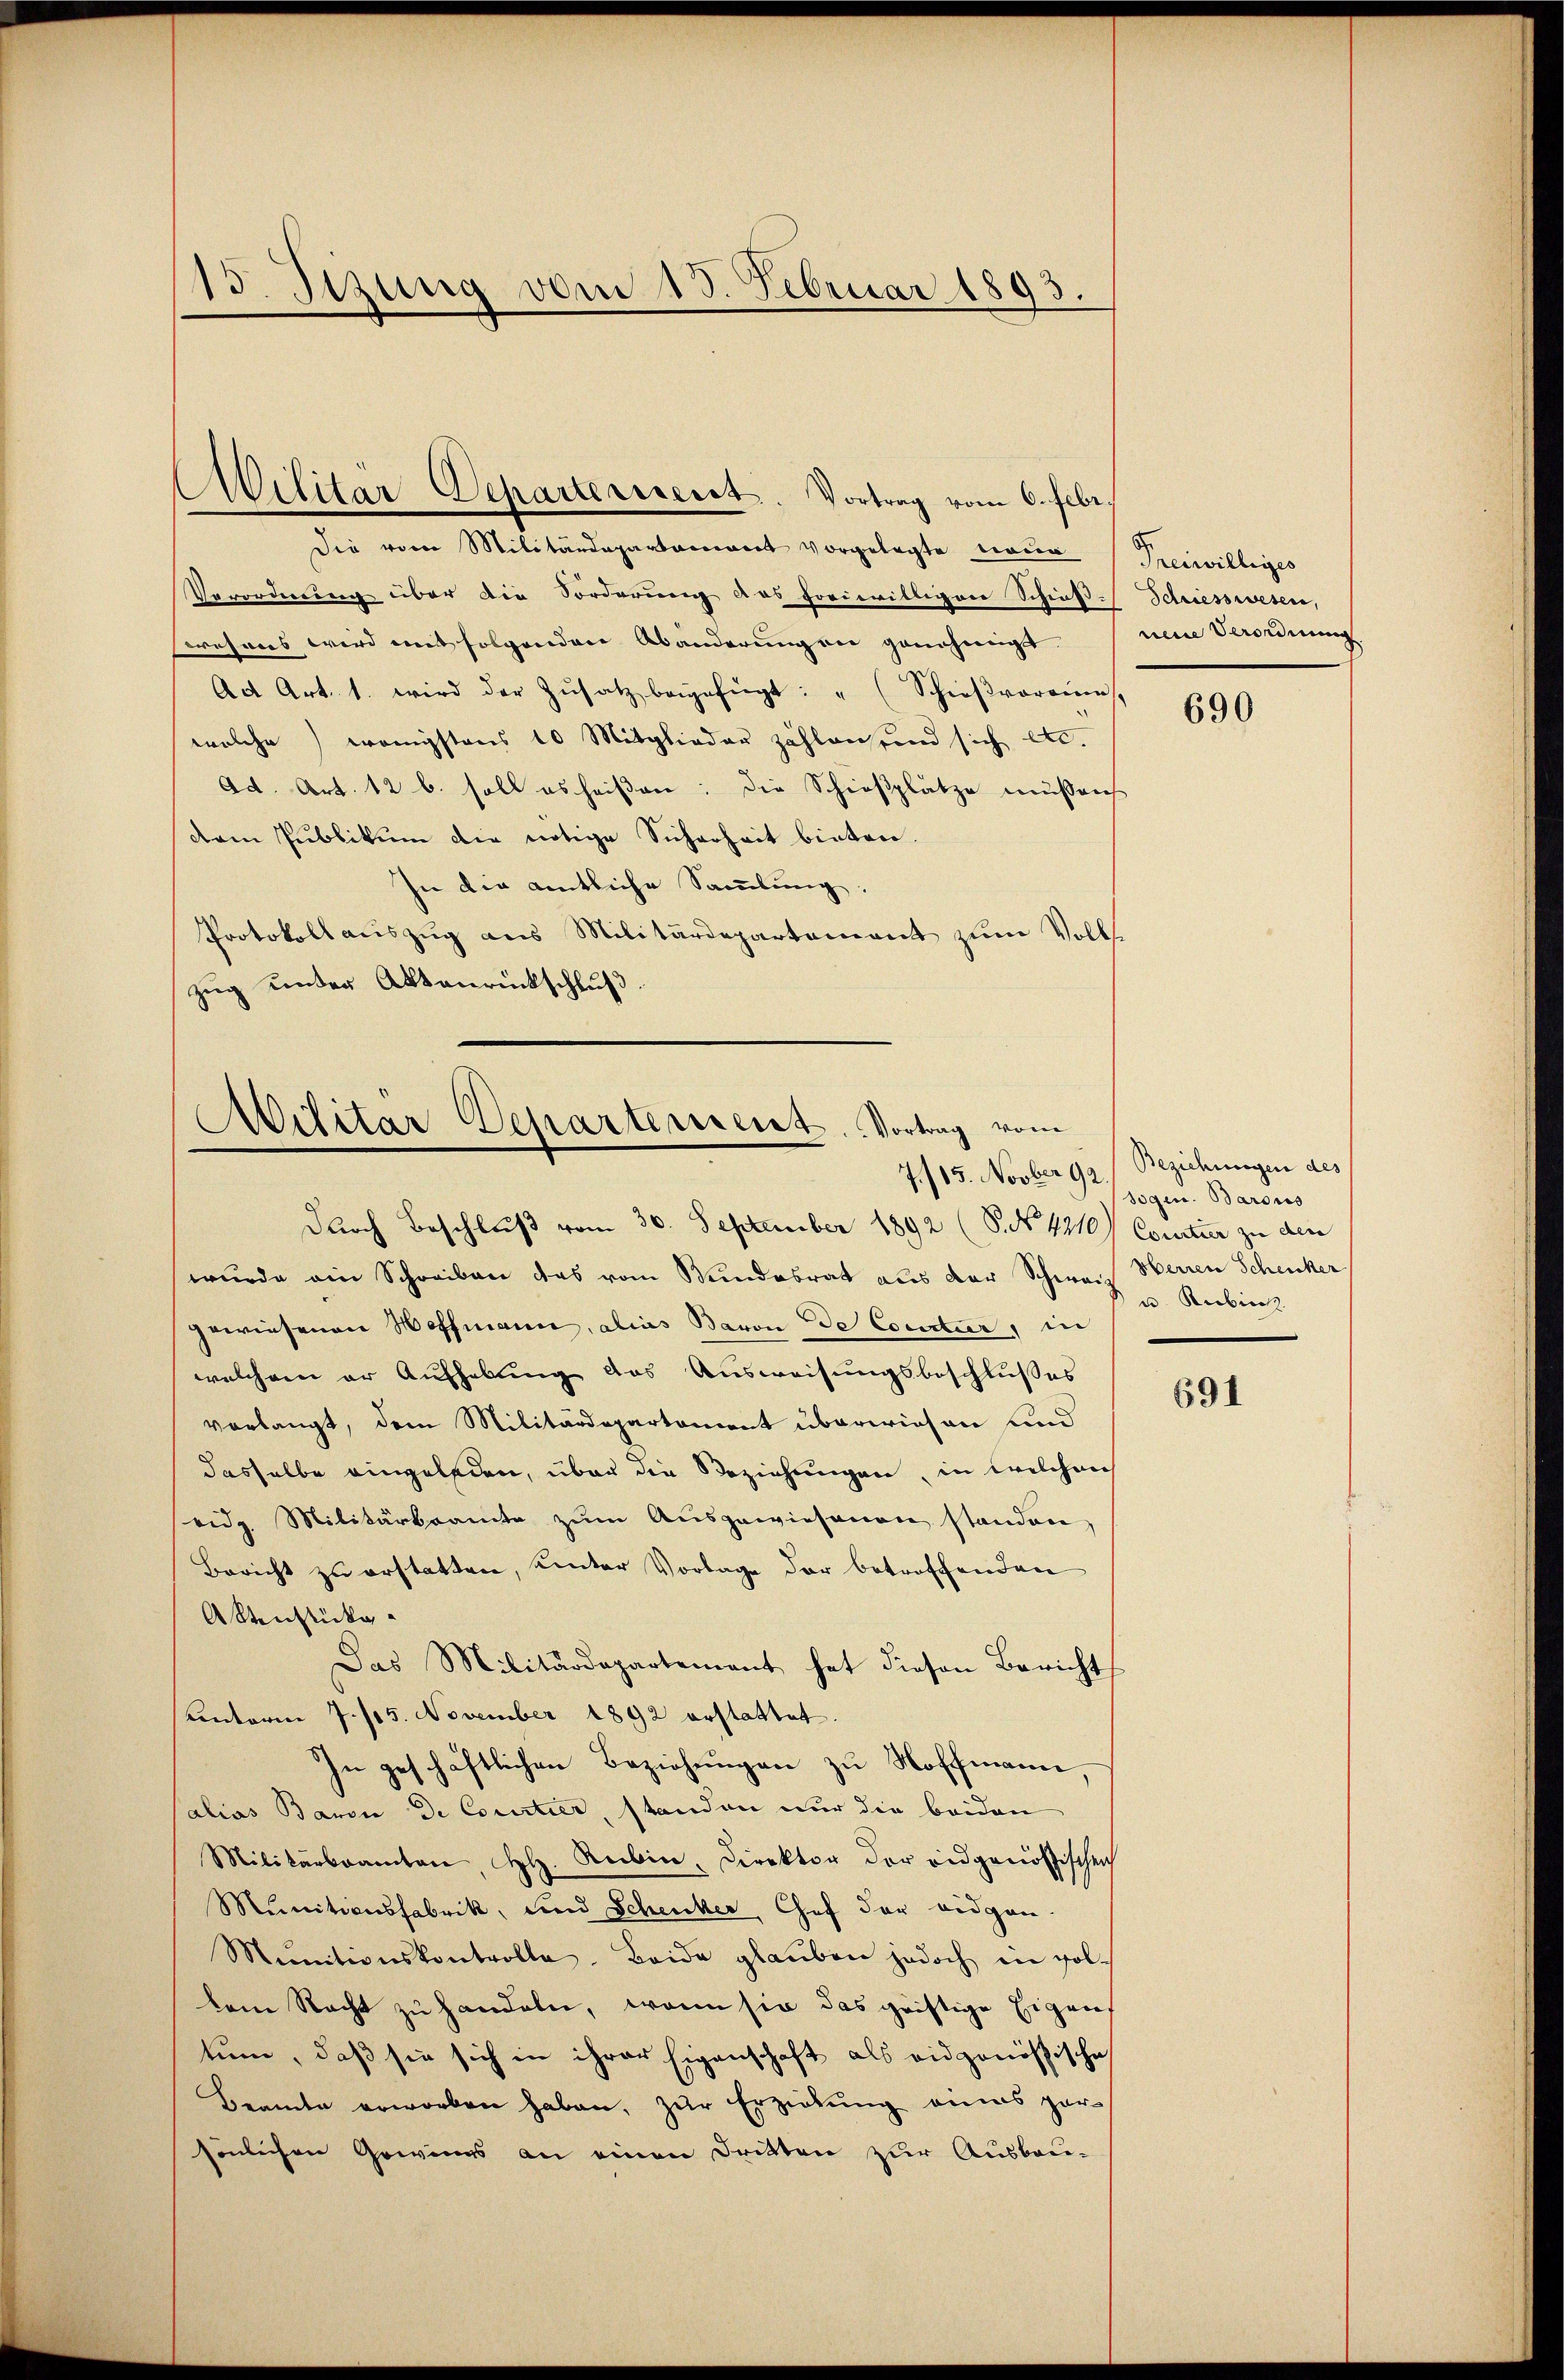
15. Sizung vom 15. Februar 1893.

Militar Departerient. Vortrag vom 6. Febr.
Die vom Militärdepartement vorgelegte neue Freiwilliges
Verordnung über die Forderung das freiwilliger Schieß-Schiesswesen,
wesens wird mit folgenden Abänderungen genehmigt. eine Verordnung
Adt Art. 1. wird der Zŭsatz beigefügt: " (Schieβvoreine
welche) wenigstens 10 Mitglieder zählen sind sich etc.
ad. Art. 12 b. soll es heißen: die Schießplätze müssen
dem Publikum die nötige Sicherheit bieten.
In die amtliche Sammlung,
Protokoll auszug aus Militärdepartement zum Vollzueg unter Aktenrückschluß.

Militar Departerrent. Vortrag vom
7.115. Novber 92.

durch Beschluß vom 30. September 1892 (S. Nr. 4210) Coustuer zu den
wurde ein Schreiben das vom Bundesrat aus der Schweiz Herren Schenker
gewiesenen Hoffmann, alias Baron de Countur, in
welchem er Aufhebung des Ausweisungsbeschlußes
verlangt, dem Militärdepartement überwiesen und
dasselbe eingeladen, über die Beziehungen, in welchen
eidg. Militärkramte zum Ausgewiesenen standen
Bericht zu erstatten, unter Vorlage der betroffenden
Aktenstückg
Das Militärdepartement hat diesen Bericht
unterm 7./15. November 1892 erstattet.
In geschäftlichen Beziehungen zu Hoffmann,
salias Baron de Courtier, standen nur die beiden
Militärbeamten, H. Rubin, Direktor der eidgenössischen
Mŭnitionsfabrik, und Schenker Chef der eidgen.
Munitionskontrolle. Beide glaŭben jedoch ein sol-
lem Recht zu handeln, wenn sie das griftige Eigens
tum, daß sie sich in ihrer Eigenschaft als eidgenößische
Beamte erworben haben, zur Erziehung eines parsönlichen Gewinns an einen Dritten zur Ausbau-

690

Beziehungen des
sogen. Barons
u. Rubin

691